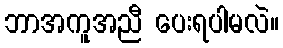
ဘာအကူအညီ ပေးရပါမလဲ။